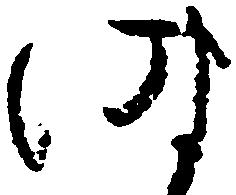
時